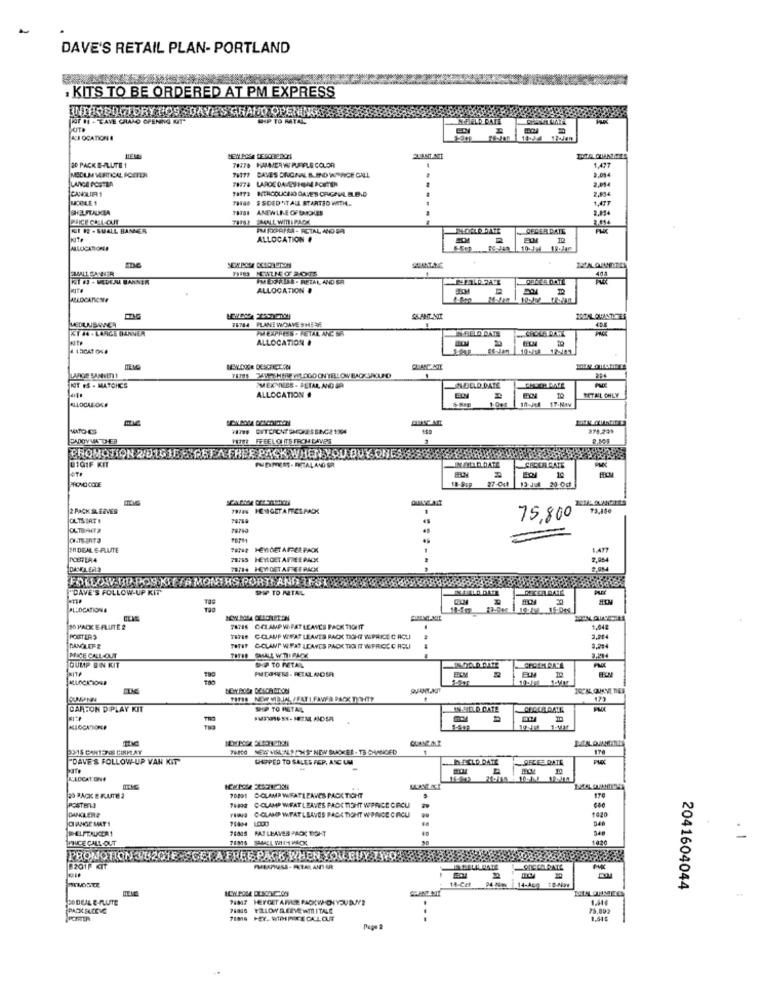
DAVE'S RETAIL PLAN- PORTLAND
· KITS TO BE ORDERED AT PM EXPRESS
OPENING
JOT #1 - TAVE GRAND OPENING
BARFIELD DATE
ACI OCATION A
20 PACK E-FLUTE 1
CAVES DINGNAL B. IND WORWICE CALL
1,477
LANGE POSTEA
78974 LARGE DA ESFOR PCEFTER
2.014
3.014
78173 BETHCOUCHO DAVE'S CRCPUL BLB.D
2,034
MACEILE 1
$ SDED "IT ALL STARTED WITH ..
1,477
SHHELSTALICIA
THISI ANEW LINE OF SAMOLES
2,854
KI R2 . SMALL BAMER
CEDER DATE
ALLOCATION #
2
MACICATIONED
PMEPRAS . RETAL AND SA
ALLOCATION #
ALLOCATIONE
TENHA PLANE WOAVE STHE EYE
41 24 - LARGE BANNER
PMEXPRESS . RETAIL ANC SH
ALLOCATION &
LARGE BANEN!
MEN COLE DESCHET FOI
IOIT FS - MATCHES
PMEKNEES - BETAL AND SP
MOLLO DATE
-
ALLOCATION #
10-Jtl
17.Nov
TO
METAL OHLY
MATO-C
278.23%
PADDYVA THER
1978# FFEELOHITS FROM CAVES
PROMOTION ZUIGJE & GET A FREE PACK WHEN YOU BUY ONESS
DIGIF KIT
NELLO DATE
SECER CATE
PN EXPRESS- DELALAND ER
18-819 27-Och
13-Jul 20-0cf
2 PACK SLEEVES
1978% HOWGET A FRES PACK
73.150
OLTS BAT !
75,800
78710
78242 HEYIDET AFFER PACK
POSTER4
78765 HEYLGET AFREEPACK
DANKLERS
78714 HEY GET AFREE PACK
FOLLOW-BU POS KIETA MONTHS PORTIANDREST
"CAVE'S FOLLOW-UP KIT
SHIP TO METAL
ALLOCATIONE
20 PACK E FLUTE 2
78716 CELAMPW FAT LEAVES PACK TIONIT
1.04
FOGTERS
TETIS CCLAMP WWAT LEAVES RACK TIGHT WPRICE C ACLI
DANGAL EF &
TOTIT COLANT WFAT LEAVES PACK TICI IT WIFRICCC AQUI
MICE CALL-OUT
TOTHE SMALL WTILPACK
DUMP BIN KIT
SHIP TO METAL
PMEORERE- RETAL ANDER
EFEN
CUMPNN
173
CARTON DIPLAY KIT
SHIP TO RETAL
IN.SELD DATE
RECUR DATE
29-15 CANTONS CINPLAT
PERO NEW VISUALY/THIS NEW SLACKER - T3-CHANGED
170
DAVE'S FOLLOW-UP VAN KIT
SHIPPED TO SALES FEP, ASC UM
TECLD DATE
ARLES DATE
KULOCATION#
29 RACK BRUTE 2
70891 CLAMP WFATLEAVES PACK TICHT
POST ERIJ
7182 C-CLAMP WIEAT LEAVES PACCHISHIT WPRICE CIRCU
ORANGE MAT !
DANCLERA
THING COLAMP WFATLEAVES PACK TIGHT WPWICE CICLI
ELFTAUCR1
76805 HAT LEAVES PACC TIGHT
PRICE CALL OUT
PROMOTION 3 B201E -GET A FREE PACK WHEN YOU BUY INQS
B201P KIT
18-Cet
2041604044
PODEAL E-PLUSTE
PACK SUCEVC
7400G FELLOW DEEVE WIITALE
75,892
7100 PEY. VIPEPITE CALORE